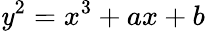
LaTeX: \mathit{y}^{2}=x^{3}+ax+b